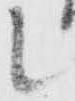
候